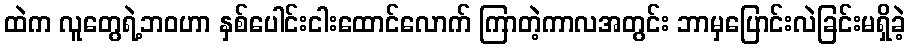
ထဲက လူတွေရဲ့ဘဝဟာ နှစ်ပေါင်းငါးထောင်လောက် ကြာတဲ့ကာလအတွင်း ဘာမှပြောင်းလဲခြင်းမရှိခဲ့